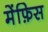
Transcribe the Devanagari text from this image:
मेंफ़िस